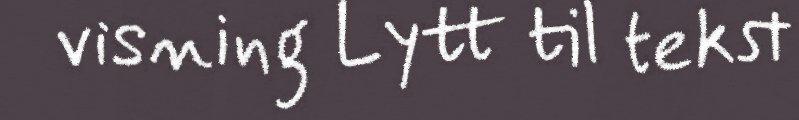
visning Lytt til tekst